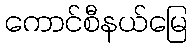
ကောင်စီနယ်မြေ